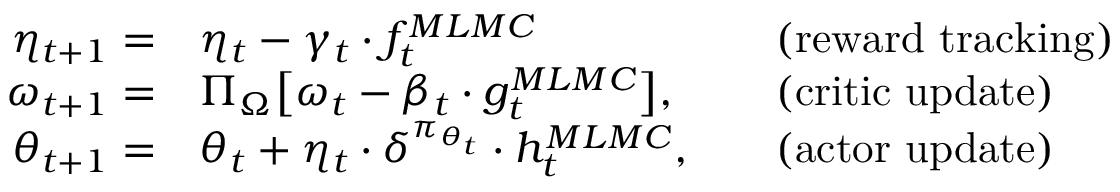
\begin{array} { r l r l } { \eta _ { t + 1 } = } & { \eta _ { t } - \gamma _ { t } \cdot f _ { t } ^ { M L M C } } & & { \mathrm { ( r e w a r d ~ t r a c k i n g ) } } \\ { \omega _ { t + 1 } = } & { \Pi _ { \Omega } \big [ \omega _ { t } - \beta _ { t } \cdot g _ { t } ^ { M L M C } \big ] , } & & { \mathrm { ( c r i t i c ~ u p d a t e ) } } \\ { \theta _ { t + 1 } = } & { \theta _ { t } + \eta _ { t } \cdot \delta ^ { \pi _ { \theta _ { t } } } \cdot h _ { t } ^ { M L M C } , } & & { \mathrm { ( a c t o r ~ u p d a t e ) } } \end{array}